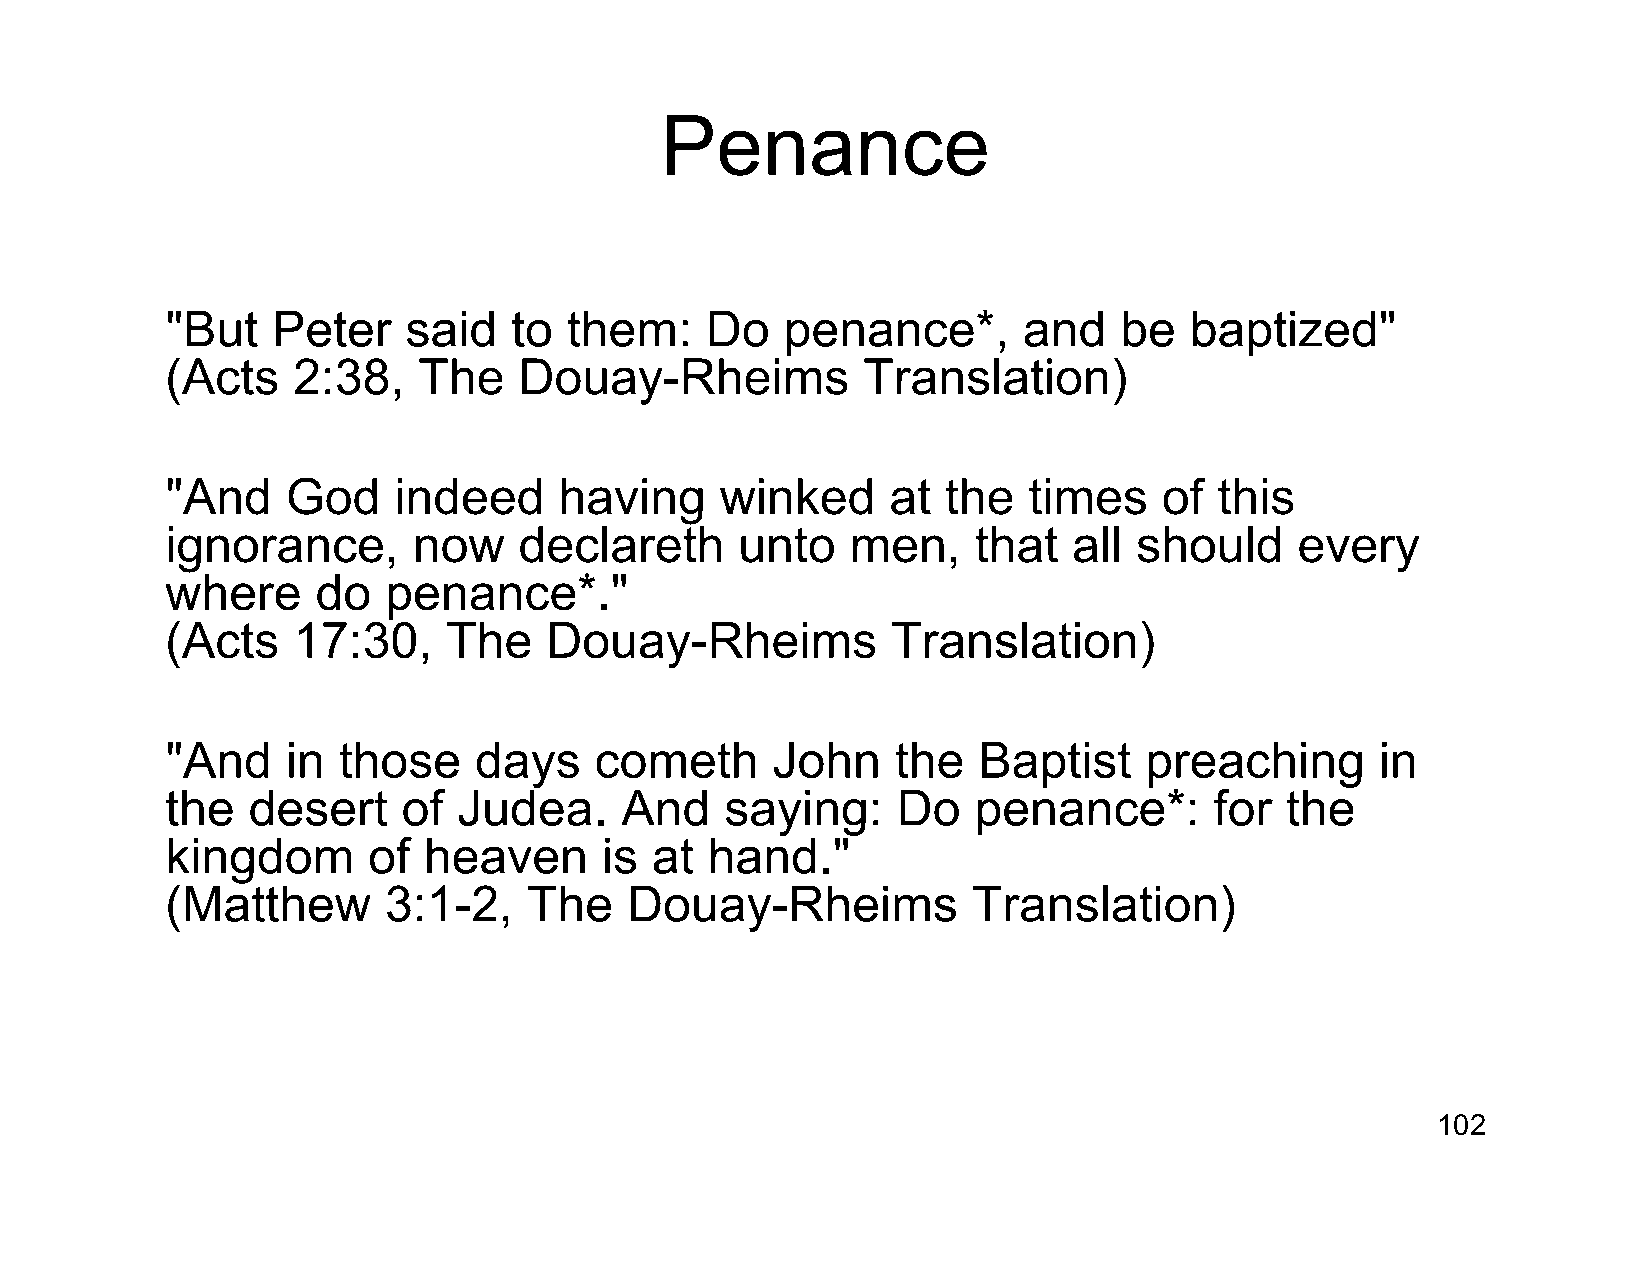
Penance
 "But   Peter    said   to  them:    Do   penance*,       and   be   baptized"
 (Acts   2:38,    The   Douay-Rheims           Translation)
 "And    God    indeed     having     winked     at  the  times    of  this
 ignorance,      now    declareth      unto   men,    that   all should     every
 where     do  penance*."
 (Acts   17:30,     The   Douay-Rheims           Translation)
 "And    in those    days    cometh      John    the   Baptist    preaching      in
 the  desert     of Judea.     And    saying:    Do   penance*:       for  the
 kingdom      of  heaven      is at  hand."
 (Matthew      3:1-2,    The   Douay-Rheims           Translation)
 102